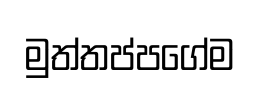
මුත්තප්පගේම